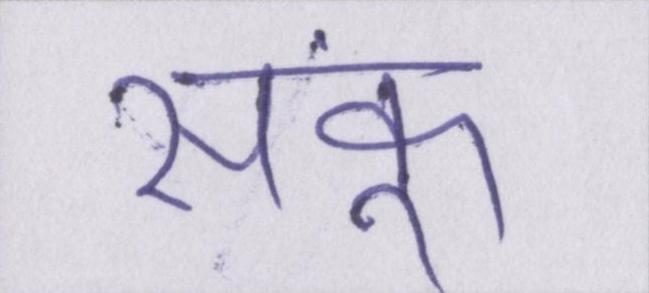
सकूं।